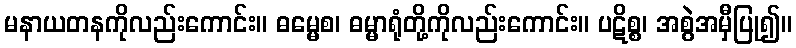
မနာယတနကိုလည်းကောင်း။ ဓမ္မေစ၊ ဓမ္မာရုံတို့ကိုလည်းကောင်း။ ပဋိစ္စ၊ အစွဲအမှီပြု၍။